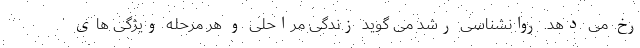
رخ می دهد. روانشناسی رشد می گوید زندگی مراحلی و هر مرحله ویژگی های